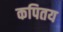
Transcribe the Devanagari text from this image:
कपितय